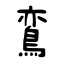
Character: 鵉